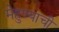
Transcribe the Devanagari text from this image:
मेहुण्याची